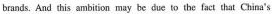
brands. And this ambition may be due to the fact that China's